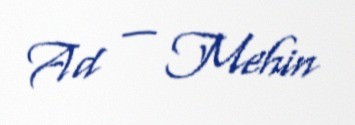
Ad — Mehin